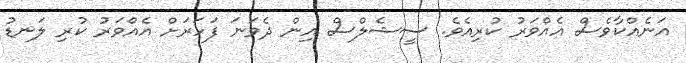
އަނެއްކާވެސް އެއްވަރު ކުރިއެވެ. ސީޝެލްސް އިން ދެވަނަ ފަހަރަށް އެއްވަރު ކުރި ލަނޑު